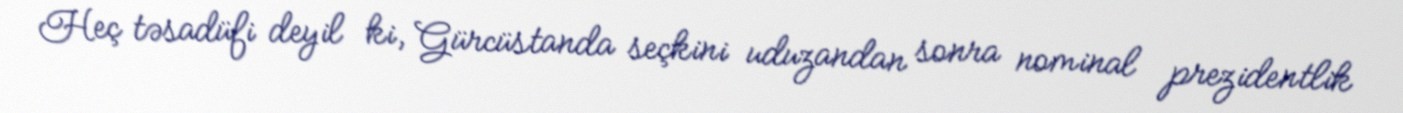
Heç təsadüfi deyil ki, Gürcüstanda seçkini uduzandan sonra nominal prezidentlik